画像に写った文字を読んでください
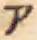
「ア」と書いてあります